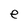
Character: e